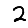
Digit: 2